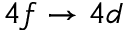
4 f \rightarrow 4 d